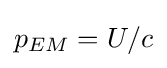
p_{EM}=U/c\,\!